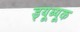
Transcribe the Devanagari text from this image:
ड्यूब्यूक